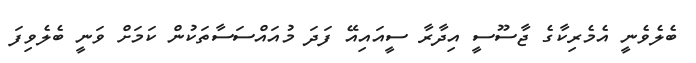
ބެލެވެނީ އެމެރިކާގެ ޖާސޫސީ އިދާރާ ސީއައިއޭ ފަދަ މުއައްސަސާތަކުން ކަމަށް ވަނީ ބެލެވިފަ